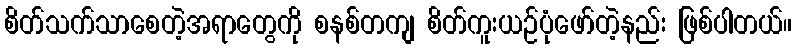
စိတ်သက်သာစေတဲ့အရာတွေကို စနစ်တကျ စိတ်ကူးယဉ်ပုံဖော်တဲ့နည်း ဖြစ်ပါတယ်။